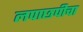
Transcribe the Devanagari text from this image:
लपाछपीचा